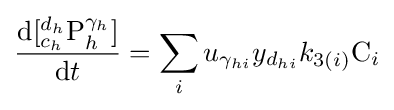
{\frac {{\mathrm {d} }[{^{d_{h}}_{c_{h}}}{\ce {P}}_{h}^{\gamma _{h}}]}{{\mathrm {d} }t}}=\sum _{i}u_{\gamma _{hi}}y_{d_{hi}}{k}_{3(i)}{\ce {C}}_{i}